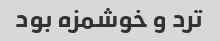
ترد و خوشمزه بود